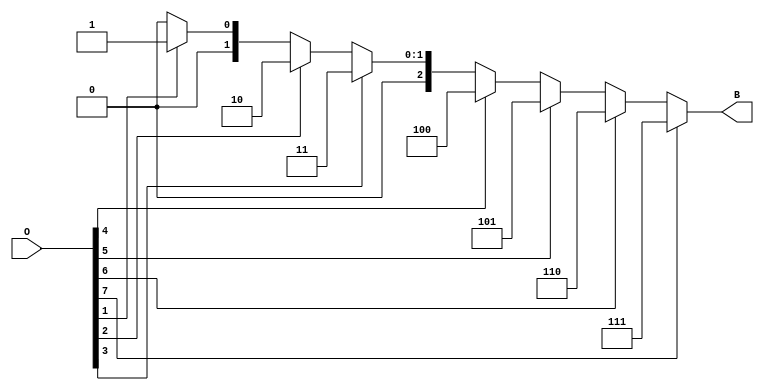
module OctalToBinaryEncoder (
    input  wire [7:0] O,      // 8-bit octal input
    output reg  [2:0] B       // 3-bit binary output
);
    
    always @(*) begin
        case (1'b1) // Check for active inputs from highest to lowest
            O[7]: B = 3'b111; // When O[7] is high
            O[6]: B = 3'b110; // When O[6] is high
            O[5]: B = 3'b101; // When O[5] is high
            O[4]: B = 3'b100; // When O[4] is high
            O[3]: B = 3'b011; // When O[3] is high
            O[2]: B = 3'b010; // When O[2] is high
            O[1]: B = 3'b001; // When O[1] is high
            O[0]: B = 3'b000; // When O[0] is high
            default: B = 3'b000; // Undefined state, output as 000
        endcase
    end
endmodule